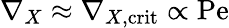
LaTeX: \nabla_{X}\approx\nabla_{X,\mathrm{crit}}\propto\mathrm{Pe}